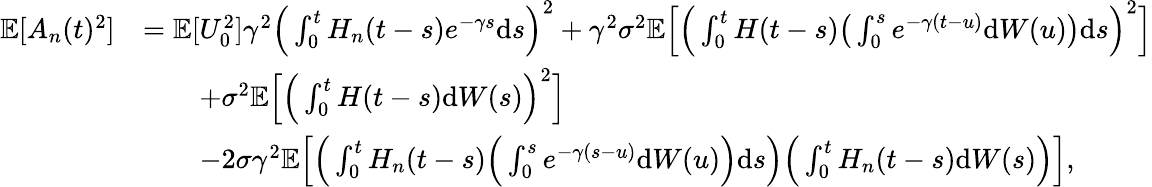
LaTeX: \begin{array}{rl}{\mathbb{E}[A_{n}(t)^{2}]}&{=\mathbb{E}[U_{0}^{2}]\gamma^{2}\Big(\int_{0}^{t}H_{n}(t-s)e^{-\gamma s}\mathrm{d}s\Big)^{2}+\gamma^{2}\sigma^{2}\mathbb{E}\Big[\Big(\int_{0}^{t}H(t-s)\big(\int_{0}^{s}e^{-\gamma(t-u)}\mathrm{d}W(u)\big)\mathrm{d}s\Big)^{2}\Big]}\\ &{\qquad+\sigma^{2}\mathbb{E}\Big[\Big(\int_{0}^{t}H(t-s)\mathrm{d}W(s)\Big)^{2}\Big]}\\ &{\qquad-2\sigma\gamma^{2}\mathbb{E}\Big[\Big(\int_{0}^{t}H_{n}(t-s)\Big(\int_{0}^{s}e^{-\gamma(s-u)}\mathrm{d}W(u)\Big)\mathrm{d}s\Big)\Big(\int_{0}^{t}H_{n}(t-s)\mathrm{d}W(s)\Big)\Big],}\end{array}